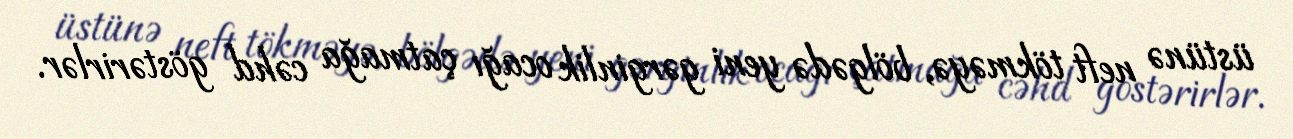
üstünə neft tökməyə, bölgədə yeni gərginlik ocağı çatmağa cəhd göstərirlər.